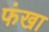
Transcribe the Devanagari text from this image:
फंखा